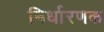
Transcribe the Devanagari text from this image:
निर्धारणक